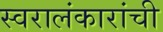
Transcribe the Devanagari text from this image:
स्वरालंकारांची